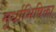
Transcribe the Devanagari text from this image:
मूर्धाभिषिक्ता